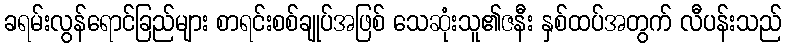
ခရမ်းလွန်ရောင်ခြည်များ စာရင်းစစ်ချုပ်အဖြစ် သေဆုံးသူ၏ဇနီး နှစ်ထပ်အတွက် လီပန်းသည်